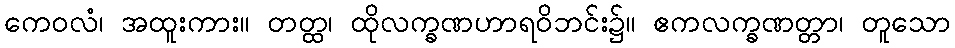
ကေဝလံ၊ အထူးကား။ တတ္ထ၊ ထိုလက္ခဏဟာရဝိဘင်း၌။ ဧကလက္ခဏတ္တာ၊ တူသော